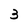
Character: 3